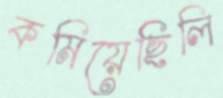
কমিয়েছিলি